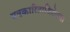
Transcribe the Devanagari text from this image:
पत्रकारिताविद्येच्या